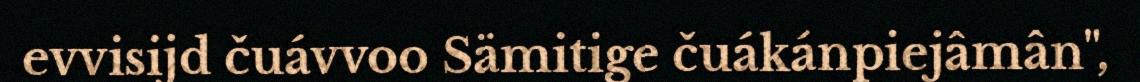
evvisijd čuávvoo Sämitige čuákánpiejâmân",